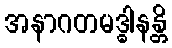
အနာဂတမဒ္ဓါနန္တိ